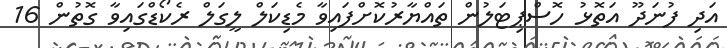
އަދި ފުނަދޫ އަތޮޅު ހޮސްޕިޓަލުން ތައްޔާރުކޮށްފައިވާ މެޑިކަލް ލީގަލް ރެކޯޑްގައިވާ ގޮތުން 16